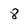
Character: 8